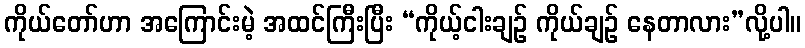
ကိုယ်တော်ဟာ အကြောင်းမဲ့ အထင်ကြီးပြီး “ကိုယ့်ငါးချဉ် ကိုယ်ချဉ် နေတာလား”လို့ပါ။